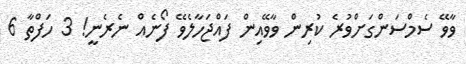
ވާވޭ ސެމްސަންގަށްވުރެ ކުރިން ވާވޭއިން ފައްޖަހާލެވޭ ފޯނެއް ނެރެނީ! 3 ހަފްތާ 6